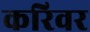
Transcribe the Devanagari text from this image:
करिवर